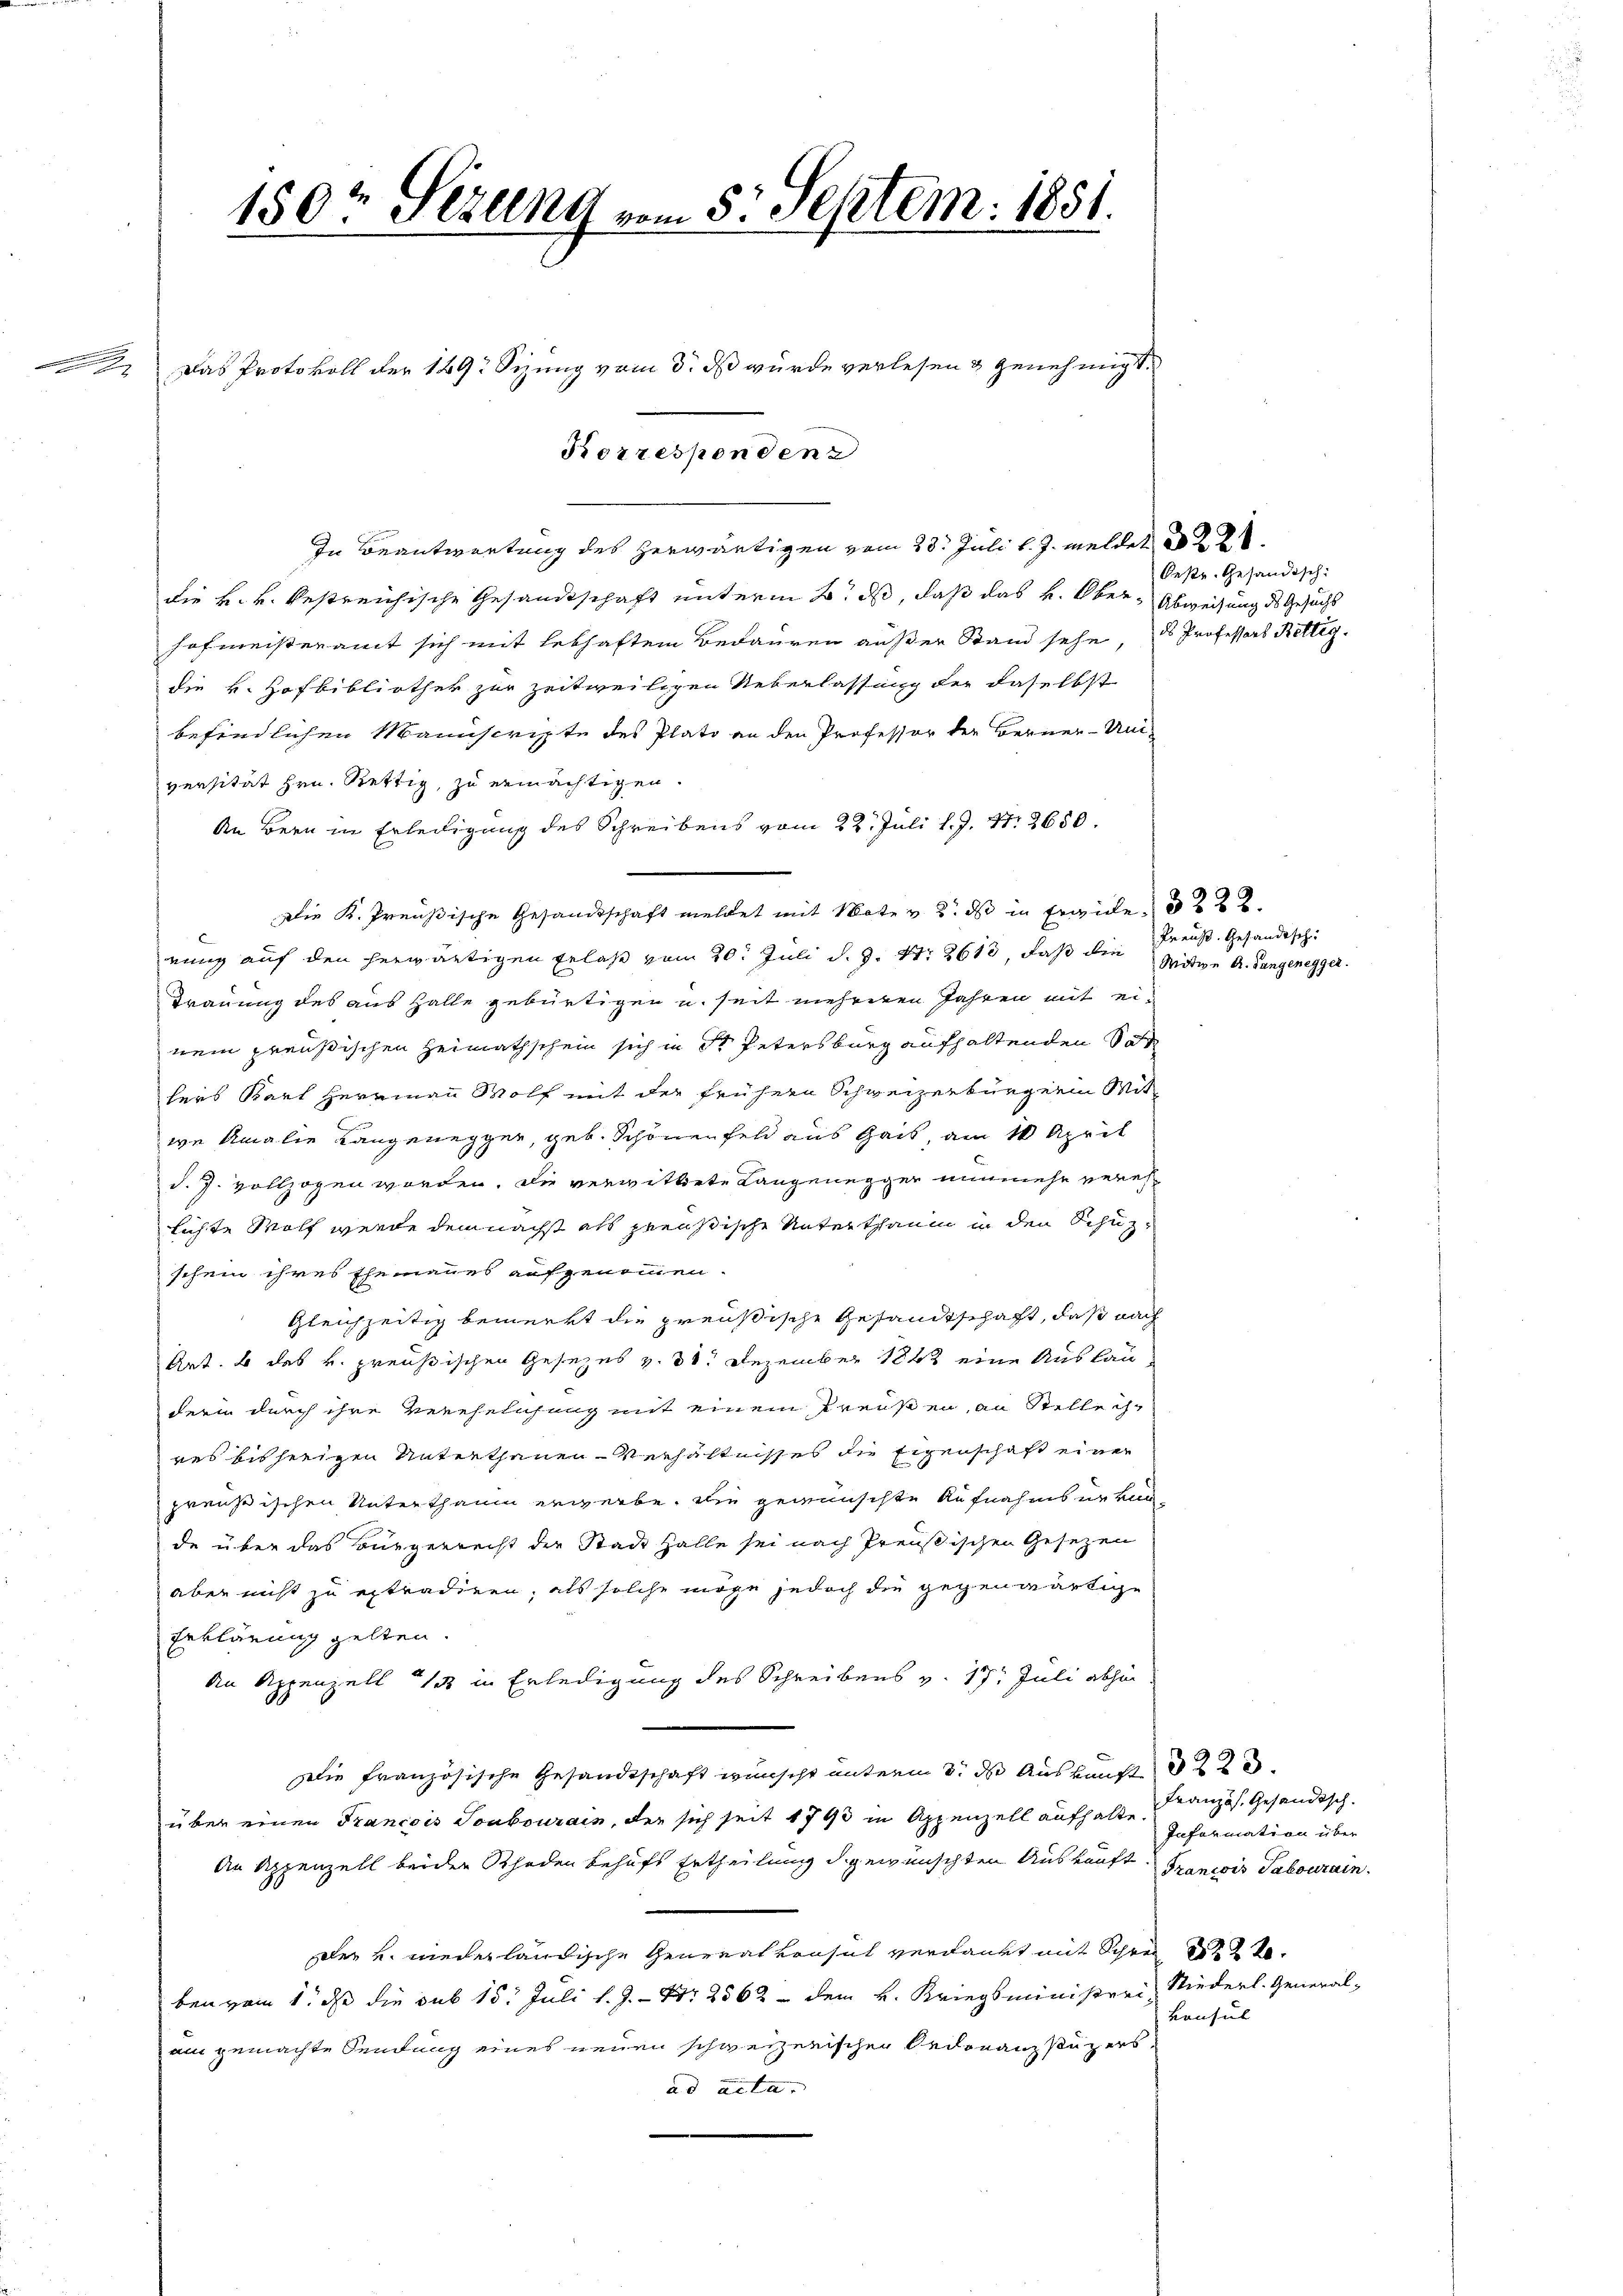
150t Sezung vom 5. Septem: 1851.

Das Protokoll der 149 Sizung vom 3. ds wurde verlesen & Genehmigt.
Korresponden

In Beantwortung des herwärtigen vom 23. Juli l. J. meldet a
die v. v. Restreichische Gesandtschaft unterm 2. ds, daß das k. Ober-Abweisung des Gesuchs
hofmeisteramt sich mit lebhaftem Bedauren außer Stand sehe, ds Professors Rettig
die k. Hofbibliothek zur zeitweiligen Ueberlassung der daselbst
befindlichen Manuscripte des Plato an den Professor der Berner-Uni-
versität Hrn. Rettig, zu ermächtigen.
An Bern in Erledigung des Schreibens vom 22. Juli l. J. 17. 2650.
Die K. Preußische Gesandtschaft meldet mit Mate v. 2. ds in Erwide, 3222.
nung auf den herwärtigen Erlaß vom 20. Juli d. J. 17. 8613, daß die Witwe A. Langenegger.
Trauung des aus Halle gebürtigen u. seit mehreren Jahren mit einem preußischen Heimathschein sich in Sr Petersburg aufhaltenden Son
hers Karl Herrmann Wolf mit der frühern Schweizerbürgerin Mit-
wa Amalie Langenegger, geb. Schönenfeld aus Gais, am 10 April
d. J. vollzogen worden. Die verwittete Langenegger nunmehr verehlichte Wolf werde dem nächst als preußische Unterthanin in den Schüzschein ihres Ehemannes aufgenommen.
Gleichzeitig bemerkt die preußische Gesandtschaft, daß nach
Art. 6 des k. preußischen Gesezes v. 30. Dezember 1882 eine Auslau
derin durch ihre Verehelichung mit einem Preußen, an Stelle ihres bisherigen Unterthanen-Verhältnisses die Eigenschaft einer
preußischen Unterthanen erwerbe. Die gewünschte Aufnahmsurkun
de über das Bürgerrecht der Stadt Halle sei nach Preußischen Gesezen
aber nicht zu extradiren, als solche möge jedoch die gegenwärtige
Erklärung gelten.
An Appenzell 12 in Erledigung des Schreibens v. 15. Juli abhin
Die französische Gesandtschaft wünscht unterm 3. ds Auskunft
über einen Francois Soubourain, der sich seit 1793 in Appenzell aufhalte. Information über
An Appenzell beider Schaden behufs Ertheilung d gewünschten Auskunft. Francois Tabourrain.
dler u. wiederländische General von sich verdankt mit Schreite
ben vom 1. ds die sub 15. Juli l. J. Nr. 2562 dem k. Kriegsministrei, Niederl. General-
Bausul
am gemachte Sendung eines neuen schweizerischen Ordonanzstüzers.
ad acta.

Oestr. Gesandtsch:

Preuß. Gesandtsch

Französ. Gesandtsch.